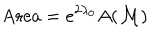
\mathrm { A r e a } = e ^ { 2 \lambda _ { 0 } } A ( { \cal M } )